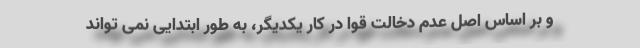
و بر اساس اصل عدم دخالت قوا در کار یکدیگر، به طور ابتدایی نمی تواند